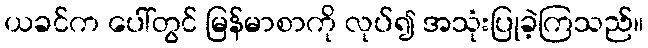
ယခင်က ပေါ်တွင် မြန်မာစာကို လုပ်၍ အသုံးပြုခဲ့ကြသည်။